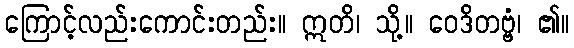
ကြောင့်လည်းကောင်းတည်း။ ဣတိ၊ သို့။ ဝေဒိတဗ္ဗံ၊ ၏။